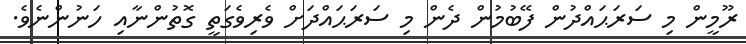
ރޫމީން މި ސަރަޙައްދުން ފޭބުމުން ދެން މި ސަރަޙައްދަށް ވެރިވެގަތީ ގޮތުންނާއި ހަނުންނެވެ.